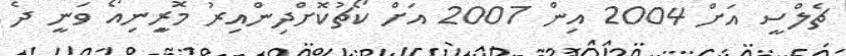
ޗެލްސީ އަށް 2004 އިން 2007 އަށް ކޯޗުކޮށްދިންއިރު މޮރީިނިއޯ ވަނީ ދެ